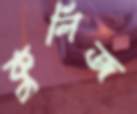
কুলিজ